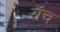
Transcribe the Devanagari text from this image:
रॉच